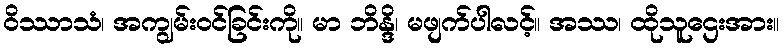
ဝိဿာသံ၊ အကျွမ်းဝင်ခြင်းကို။ မာ ဘိန္ဒိ၊ မဖျက်ပါလင့်။ အဿ၊ ထိုသူဌေးအား။